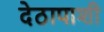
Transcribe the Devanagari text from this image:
देठापाशी